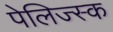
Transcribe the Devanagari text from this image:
पेलिज्स्क